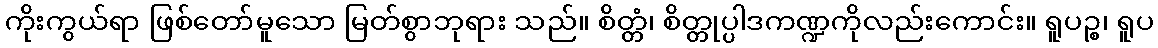
ကိုးကွယ်ရာ ဖြစ်တော်မူသော မြတ်စွာဘုရား သည်။ စိတ္တံ၊ စိတ္တုပ္ပါဒကဏ္ဍကိုလည်းကောင်း။ ရူပဉ္စ၊ ရူပ